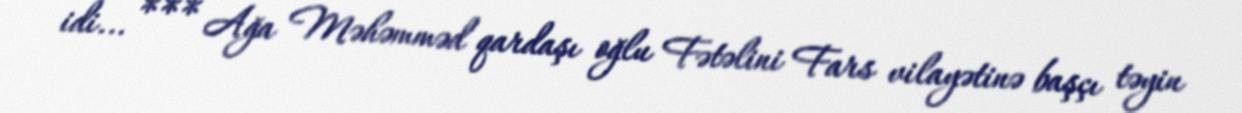
idi... *** Ağa Məhəmməd qardaşı oğlu Fətəlini Fars vilayətinə başçı təyin